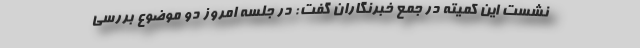
نشست این کمیته در جمع خبرنگاران گفت: در جلسه امروز دو موضوع بررسی